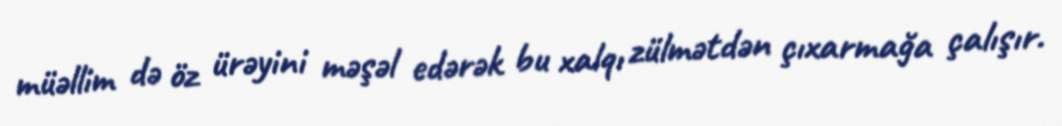
müəllim də öz ürəyini məşəl edərək bu xalqı zülmətdən çıxarmağa çalışır.